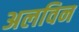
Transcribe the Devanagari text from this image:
अलविन